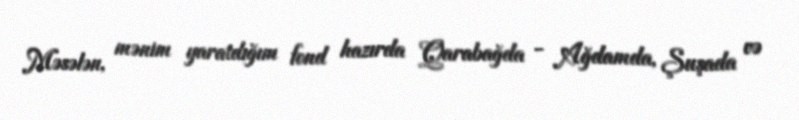
Məsələn, mənim yaratdığım fond hazırda Qarabağda - Ağdamda, Şuşada və